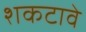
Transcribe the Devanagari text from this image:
शकटावे